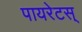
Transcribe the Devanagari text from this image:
पायरेटस्